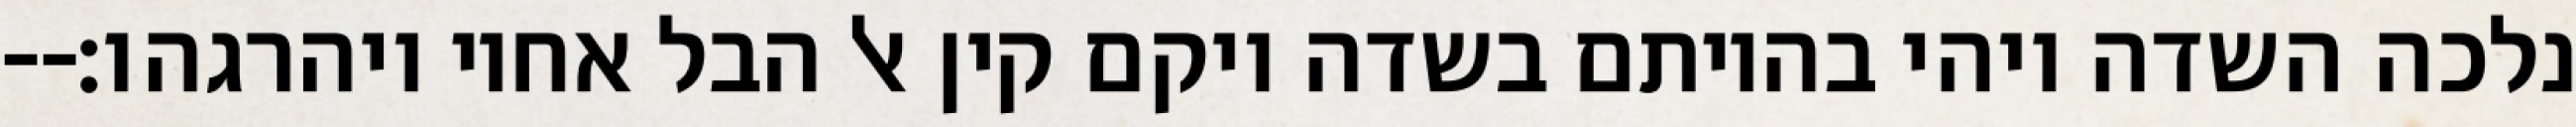
נלכה השדה ויהי בהיותם בשדה ויקם קין אל הבל אחיו ויהרגהו׃--